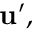
\mathbf { u ^ { \prime } } ,